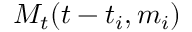
M _ { t } ( t - t _ { i } , m _ { i } )